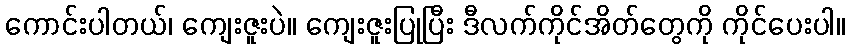
ကောင်းပါတယ်၊ ကျေးဇူးပဲ။ ကျေးဇူးပြုပြီး ဒီလက်ကိုင်အိတ်တွေကို ကိုင်ပေးပါ။